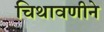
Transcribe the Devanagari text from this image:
चिथावणीने